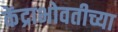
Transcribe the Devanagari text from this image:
केंद्राभोवतीच्या